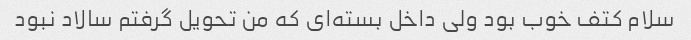
سلام کتف خوب بود ولی داخل بسته‌ای که من تحویل گرفتم سالاد نبود